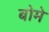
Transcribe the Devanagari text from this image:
बोमे